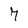
Character: 7